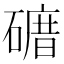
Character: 𥕒